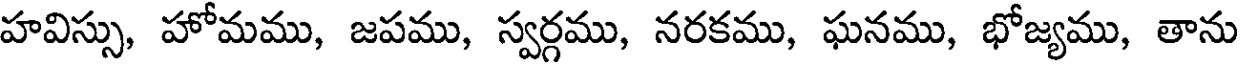
హవిస్సు, హోమము, జపము, స్వర్గము, నరకము, ఘనము, భోజ్యము, తాను